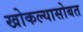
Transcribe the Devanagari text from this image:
खोकल्यासोबत